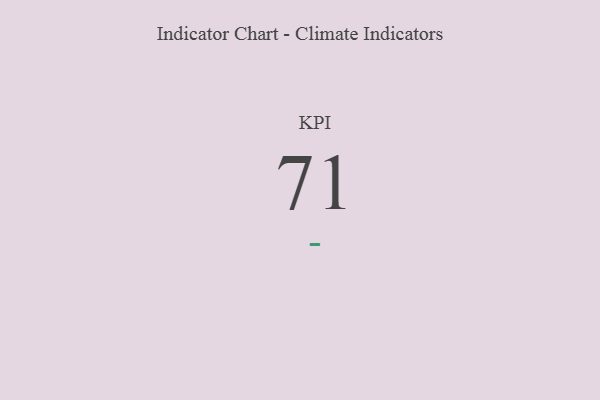
{"axis": {"x": "KPI", "y": "Value"}, "legend": [""], "data": [{"x": "KPI", "y": 71, "type": ""}]}